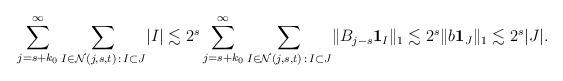
LaTeX: \begin{align*}\sum_{j = s+k_0} ^{\infty } \sum_{I\in \mathcal N (j,s,t) \,:\, I\subset J} \lvert I\rvert&\lesssim 2^{s} \sum_{j = s+k_0} ^{\infty } \sum_{I\in \mathcal N (j,s,t) \,:\, I\subset J} \lVert B _{j-s} \mathbf 1_{I}\rVert_1 \lesssim {2^{s}}\lVert b \mathbf 1_{J}\rVert_1 \lesssim 2^{s} \lvert J\rvert. \end{align*}